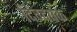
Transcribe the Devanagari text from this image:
दिग्दर्षक